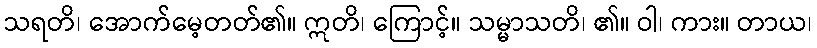
သရတိ၊ အောက်မေ့တတ်၏။ ဣတိ၊ ကြောင့်။ သမ္မာသတိ၊ ၏။ ဝါ၊ ကား။ တာယ၊